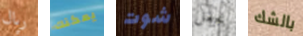
ريال يمكنك شوت نجعل بالشك